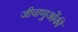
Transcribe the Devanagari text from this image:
जीवाणुओंकी